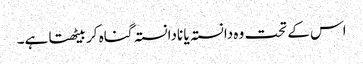
اس کے تحت وہ دانستہ یا نادانستہ گناہ کر بیٹھتا ہے۔